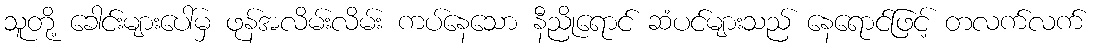
သူတို့ ခေါင်းများပေါ်မှ ဖုန်အလိမ်းလိမ်း ကပ်နေသော နီညိုရောင် ဆံပင်များသည် နေရောင်ဖြင့် တလက်လက်